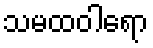
သမထဝါရော